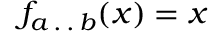
f _ { a \, . \, . \, b } ( x ) = x